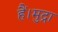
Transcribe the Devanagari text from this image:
हैं।मुद्रा